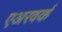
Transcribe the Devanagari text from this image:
एअरवर्क